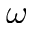
\omega